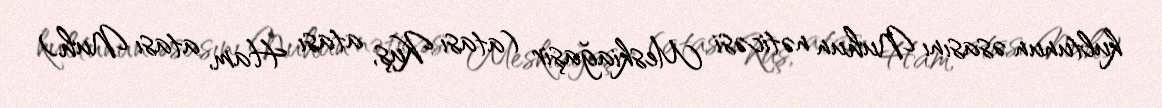
kultunun əsasını Nuhun nəticəsi Meskiağaşir (atası Kuş, atası Ham, atası Nuh)